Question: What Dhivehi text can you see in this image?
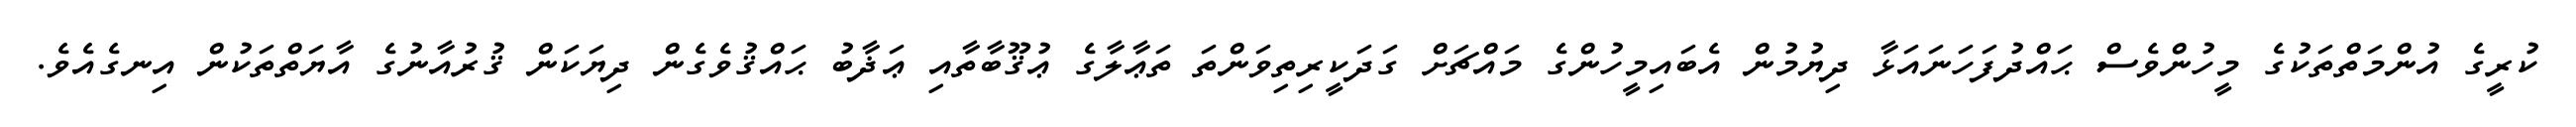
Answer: ކުރީގެ އުންމަތްތަކުގެ މީހުންވެސް ޙައްދުފަހަނައަޅާ ދިޔުމުން އެބައިމީހުންގެ މައްޗަށް ގަދަކީރިތިވަންތަ ތަޢާލާގެ ޢުޤޫބާތާއި ޢަޛާބު ޙައްޤުވެގެން ދިޔަކަން ޤުރުއާނުގެ އާޔަތްތަކުން އިނގެއެވެ.